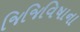
જિજિવિષાના